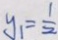
y _ { 1 } = \frac { 1 } { 2 }